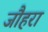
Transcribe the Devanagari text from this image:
जौहरा